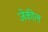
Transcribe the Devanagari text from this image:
जेकील